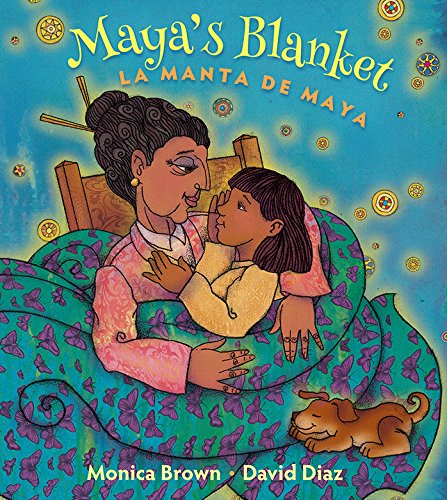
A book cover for Maya's Blanket: La manta de Maya (English and Spanish Edition); Monica Brown Ph.D.; Children's Books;